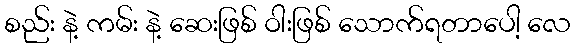
စည်း နဲ့ ကမ်း နဲ့ ဆေးဖြစ် ဝါးဖြစ် သောက်ရတာပေါ့ လေ